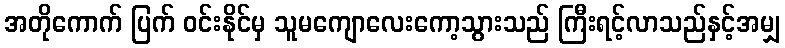
အတိုကောက် ပြက် ဝင်းနိုင်မှ သူမကျောလေးကော့သွားသည် ကြီးရင့်လာသည်နှင့်အမျှ